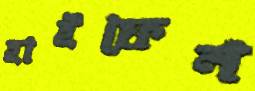
হাইফেন